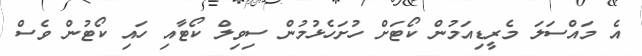
އެ މައްސަލަ މެރީޑިއަމުން ކޯޓަށް ހުށަހެޅުމުން ސިވިލް ކޯޓާއި ހައި ކޯޓުން ވެސް